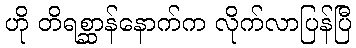
ဟို တိရစ္ဆာန်နောက်က လိုက်လာပြန်ပြီ